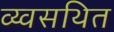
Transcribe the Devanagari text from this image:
व्य्वसथित